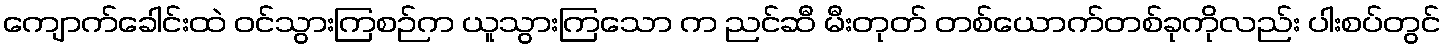
ကျောက်ခေါင်းထဲ ဝင်သွားကြစဉ်က ယူသွားကြသော က ညင်ဆီ မီးတုတ် တစ်ယောက်တစ်ခုကိုလည်း ပါးစပ်တွင်